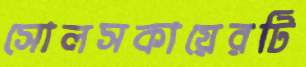
সোলসকায়েরটি